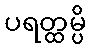
ပရတ္ထမ္ပိ